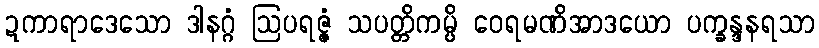
ဍကာရာဒေသော ဒါနဂ္ဂံ ဩပရဇ္ဇံ သပတ္တိကမ္ပိ ဝေရမဏိအာဒယော ပက္ခန္ဒနရသာ